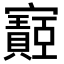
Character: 𫴡